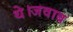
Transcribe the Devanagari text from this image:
थे।जवाब